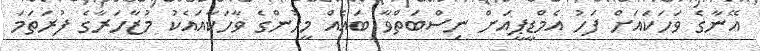
އޭނާގެ ވަހަކައަށް ފަހު އެމްޑީޕީއަށް ނިސްބަތްވާ ބައެއް މީހުންގެ ވާހަކާއައެކު މުޒާހަރާގެ ފުރަތަމަ